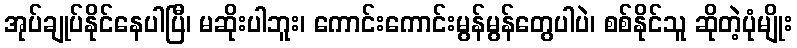
အုပ်ချုပ်နိုင်နေပါပြီ၊ မဆိုးပါဘူး၊ ကောင်းကောင်းမွန်မွန်တွေပါပဲ၊ စစ်နိုင်သူ ဆိုတဲ့ပုံမျိုး